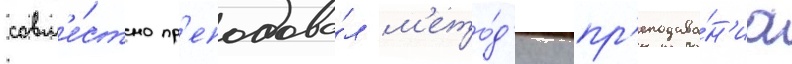
совм'е́стно пр'еподава́л м'ето́д'ику пр'еподава́н'иа